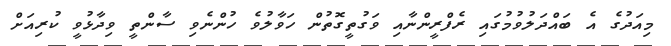
މިއަދުގެ އެ ބައްދަލުވުމުގައި ރެފްރީންނާއި ވަގުތީގޮތުން ހަވާލުވެ ހުންނެވި ސާންތީ ވިދާޅުވީ ކުރިއަށް